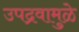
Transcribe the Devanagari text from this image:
उपद्रवामुळे